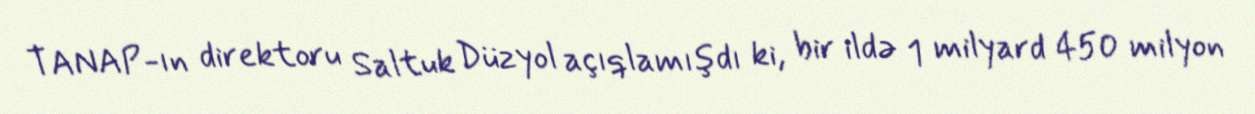
TANAP-ın direktoru Saltuk Düzyol açıqlamışdı ki, bir ildə 1 milyard 450 milyon